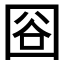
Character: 𱕿